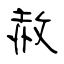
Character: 赦